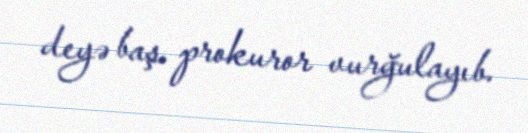
deyə baş prokuror vurğulayıb.